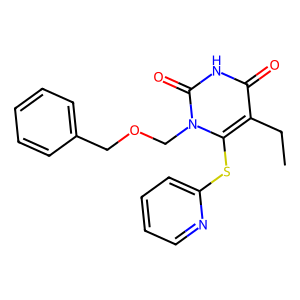
SMILES: CCc1c(Sc2ccccn2)n(COCc2ccccc2)c(=O)[nH]c1=O
Inhibits HIV replication: Yes